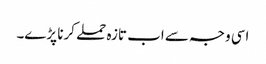
اسی وجہ سے اب تازہ حملے کرنا پڑے۔